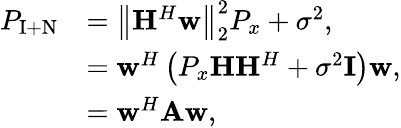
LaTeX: \begin{array}{rl}{P_{\mathrm{I+N}}}&{=\left\| \mathbf{H}^{H}\mathbf{w}\right\| _{2}^{2}P_{x}+\sigma^{2},}\\ &{=\mathbf{w}^{H}\left(P_{x}\mathbf{H}\mathbf{H}^{H}+\sigma^{2}\mathbf{I}\right)\mathbf{w},}\\ &{=\mathbf{w}^{H}\mathbf{A}\mathbf{w},}\end{array}